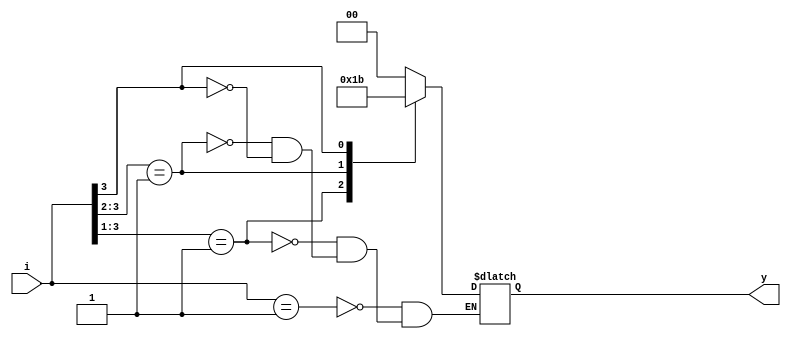
module prt_encoder(i,y);
input [3:0]i;
output reg [1:0]y;

always@(*)
begin

casex(i)
4'b0001:y=2'b00;
4'b001x:y=2'b01;
4'b01xx:y=2'b10;
4'b1xxx:y=2'b11;
default:$display("error");
endcase
end
endmodule